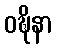
ဝဍ္ဎိနာ